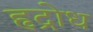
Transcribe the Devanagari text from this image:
हृद्रोध